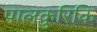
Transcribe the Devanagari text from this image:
पालकुरिकि